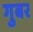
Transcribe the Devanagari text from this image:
गुबर